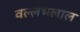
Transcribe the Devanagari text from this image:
वल्लभलाल